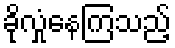
ခိုလှုံနေကြသည့်